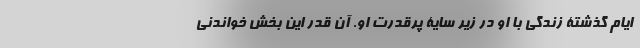
ایام گذشتۀ زندگی با او در زیر سایۀ پرقدرت او. آن قدر این بخش خواندنی